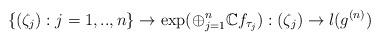
LaTeX: \begin{align*}\{(\zeta_j):j=1,..,n\}\to \exp(\oplus_{j=1}^n\mathbb C f_{\tau_j}):(\zeta_j)\to l(g^{(n)})\end{align*}